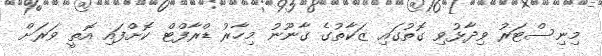
މިނިސްޓަރު ވިދާޅުވި ގޮތުގައި ޒަކާތުގެ ގާނޫނު މިހާރު ޑްރާފްޓް ކޮށްފައި އޮތީ ވަރަށް